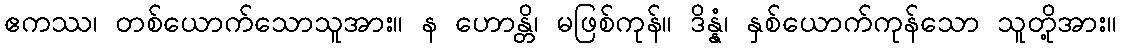
ဧကဿ၊ တစ်ယောက်သောသူအား။ န ဟောန္တိ၊ မဖြစ်ကုန်။ ဒိန္နံ၊ နှစ်ယောက်ကုန်သော သူတို့အား။